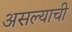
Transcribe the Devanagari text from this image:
असल्‍याची